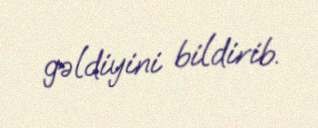
gəldiyini bildirib.